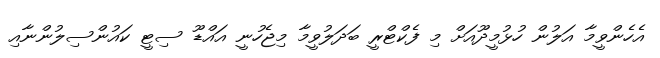
އެހެންވީމާ އަލުން ހުޅުމީދޫއަށް މި ފެކްޓްރީ ބަދަލުވީމާ މިޖެހުނީ އައްޑޫ ސިޓީ ކައުންސިލުންނާއި